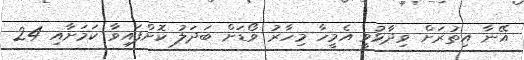
އޭނާ އިތުރަށް ވިދާޅުވީ އެމީހާ މިހާރު ވޯޑަށް ބަދަލު ކޮށްފައިވާ ކަމަށާއި 24